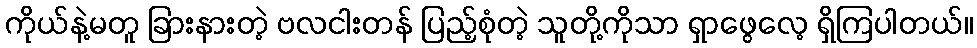
ကိုယ်နဲ့မတူ ခြားနားတဲ့ ဗလငါးတန် ပြည့်စုံတဲ့ သူတို့ကိုသာ ရှာဖွေလေ့ ရှိကြပါတယ်။